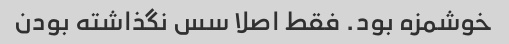
خوشمزه بود. فقط اصلا سس نگذاشته بودن